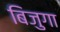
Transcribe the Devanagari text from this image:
बिजुगा